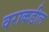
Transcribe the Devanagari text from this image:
वराकडील